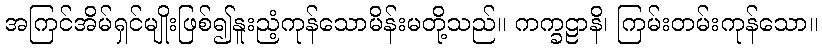
အကြင်အိမ်ရှင်မျိုးဖြစ်၍နူးညံ့ကုန်သောမိန်းမတို့သည်။ ကက္ခဠာနိ၊ ကြမ်းတမ်းကုန်သော။